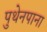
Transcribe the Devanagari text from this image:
पुथेनपाना